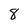
Character: 8